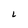
Character: 6